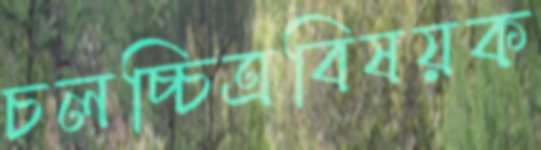
চলচ্চিত্রবিষয়ক